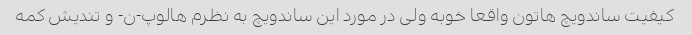
کیفیت ساندویچ هاتون واقعا خوبه ولی در مورد این ساندویچ به نظرم هالوپ-ن- و تندیش کمه